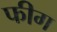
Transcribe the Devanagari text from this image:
फीग